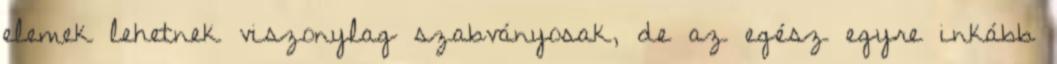
elemek lehetnek viszonylag szabványosak, de az egész egyre inkább